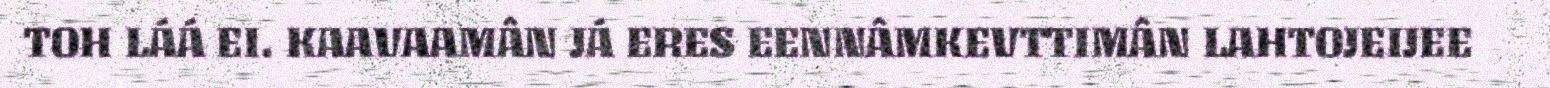
TOH LÁÁ EI. KAAVAAMÂN JÁ ERES EENNÂMKEVTTIMÂN LAHTOJEIJEE